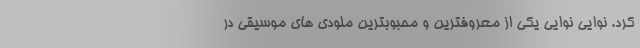
کرد. نوایی نوایی یکی از معروفترین و محبوبترین ملودی های موسیقی در